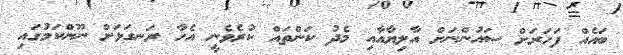
ބައެއް ފަހަރަށް ސައުންނަށް އާލިޔާއާއި މެދު ކަންތައް ކުރެވެނީ އެހާ ރަނގަޅަށް ނޫންކަމުގައި